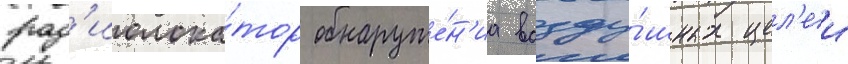
рад'иолока́тор обнаруже́н'иа возду́шных цел'еи